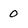
Character: 0